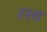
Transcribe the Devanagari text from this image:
रस्थ